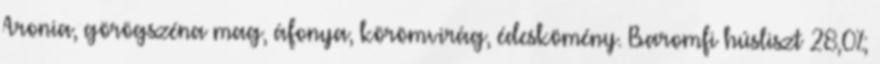
Aronia, görögszéna mag, áfonya, körömvirág, édeskömény. Baromfi húsliszt 28,0%;